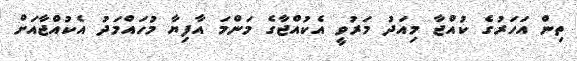
ތިން އަހަރުގެ ކުއްޖާ މިއަދު މަރުވީ އެކުއްޖާގެ މަންމަ އާފިޔާ މުހައްމަދު އެކުއްޖާއަށް